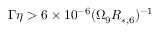
\Gamma \eta > 6 \times 1 0 ^ { - 6 } ( \Omega _ { 9 } R _ { * , 6 } ) ^ { - 1 }